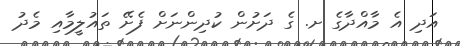
އަދި އެ މާއްދާގެ ށ. ގެ ދަށުން ކުދިންނަށް ފެށޭ ތައުލީމާއި މެދު